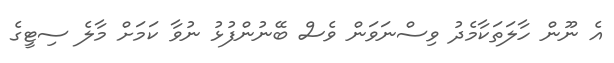
އެ ނޫން ހާލަތަކާމެދު ވިސްނަވަން ވެސް ބޭނުންފުޅު ނުވާ ކަމަށް މާލެ ސިޓީގެ